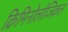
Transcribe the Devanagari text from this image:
क्रिमिनोलोजिकल